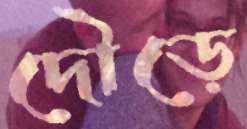
দৌড়ে